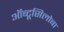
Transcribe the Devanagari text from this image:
ऑब्टूसिलोबा